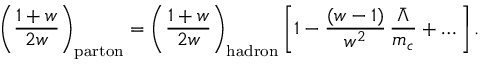
\bigg ( { \frac { 1 + w } { 2 w } } \bigg ) _ { \mathrm { p a r t o n } } = \bigg ( { \frac { 1 + w } { 2 w } } \bigg ) _ { \mathrm { h a d r o n } } \, \bigg [ 1 - { \frac { ( w - 1 ) } { w ^ { 2 } } } \, { \frac { \bar { \Lambda } } { m _ { c } } } + \ldots \bigg ] \, .